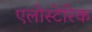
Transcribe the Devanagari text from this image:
एलोस्टेरिक